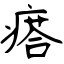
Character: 瘩